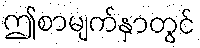
ဤစာမျက်နှာတွင်